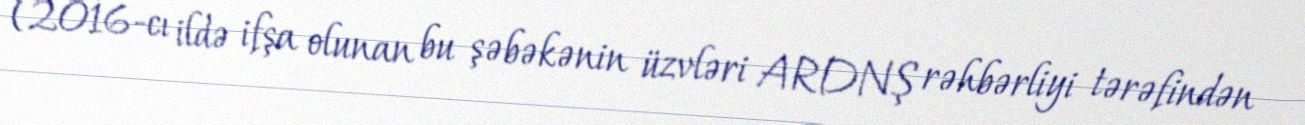
(2016-cı ildə ifşa olunan bu şəbəkənin üzvləri ARDNŞ rəhbərliyi tərəfindən